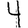
Digit: 4